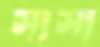
সাসা